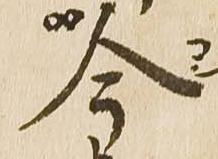
今